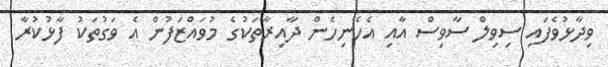
ވިދާޅުވެފައި ސިވިލް ސާވިސް އާއި އެހެނިހެން ދާއިރާތަކުގެ މުވައްޒަފުން އެ ވަގުތަކު ފާޅުކުރާ